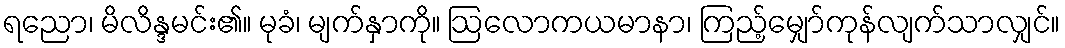
ရညော၊ မိလိန္ဒမင်း၏။ မုခံ၊ မျက်နှာကို။ ဩလောကယမာနာ၊ ကြည့်မျှော်ကုန်လျက်သာလျှင်။